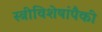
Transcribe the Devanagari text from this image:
स्त्रीविशेषांपैकी